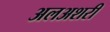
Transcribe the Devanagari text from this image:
अलअशरी